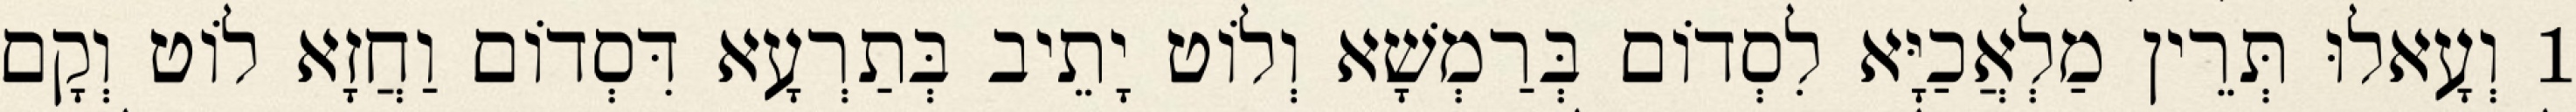
1 וְעָאלוּ תְּרֵין מַלְאֲכַיָּא לִסְדוֹם בְּרַמְשָׁא וְלוֹט יָתֵיב בְּתַרְעָא דִּסְדוֹם וַחֲזָא לוֹט וְקָם